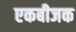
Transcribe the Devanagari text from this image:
एकबीजक